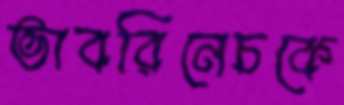
ভাবরিনেচকে